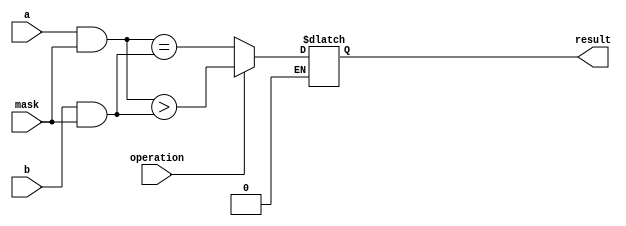
module Masked_Comparator (
    input wire [7:0] a,
    input wire [7:0] b,
    input wire [7:0] mask,
    input wire operation, // 0 for equality, 1 for greater than, 2 for less than
    output wire result
);

reg [7:0] masked_a;
reg [7:0] masked_b;

always @* begin
    masked_a = a & mask;
    masked_b = b & mask;
    
    if(operation == 0) begin // Equality
        result = (masked_a == masked_b);
    end else if(operation == 1) begin // Greater than
        result = (masked_a > masked_b);
    end else if(operation == 2) begin // Less than
        result = (masked_a < masked_b);
    end
end

endmodule